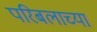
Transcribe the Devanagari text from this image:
परिबलाच्या